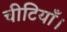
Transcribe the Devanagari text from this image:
चीटियाँ।